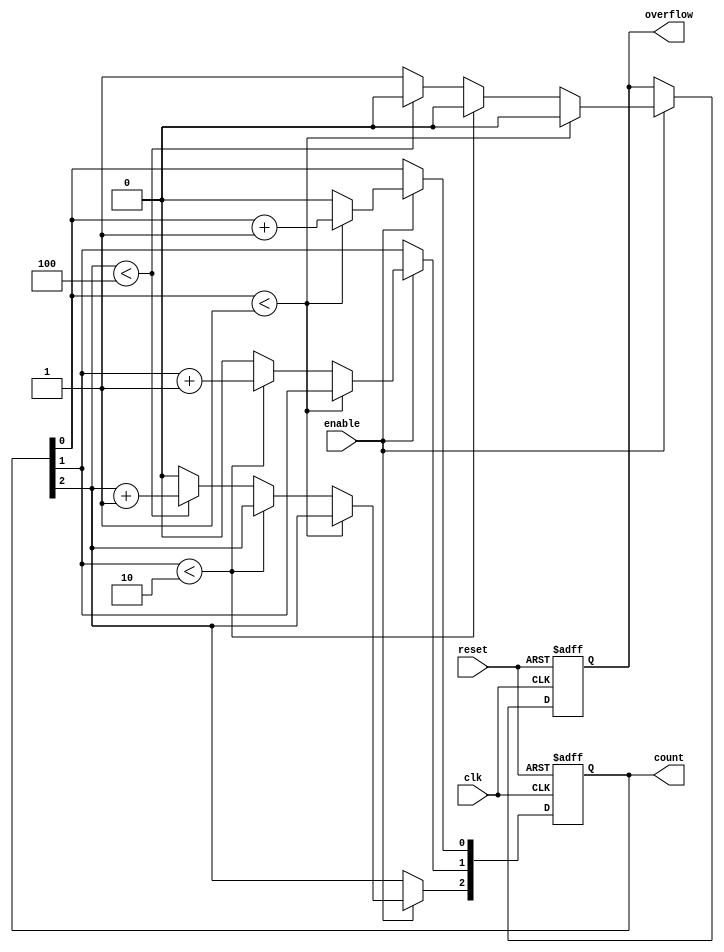
module mixed_radix_counter #(
    parameter RADIX_0 = 2,    // Radix for digit 0
    parameter RADIX_1 = 3,    // Radix for digit 1
    parameter RADIX_2 = 5,    // Radix for digit 2
    parameter TOTAL_DIGITS = 3 // Total number of digits
) (
    input wire clk,            // Clock input
    input wire reset,          // Asynchronous reset
    input wire enable,         // Enable counting
    output reg [TOTAL_DIGITS-1:0] count, // Current count value
    output reg overflow        // Overflow indicator
);

    // Define max values for each radix
    localparam MAX_0 = RADIX_0 - 1;
    localparam MAX_1 = RADIX_1 - 1;
    localparam MAX_2 = RADIX_2 - 1;
    
    always @(posedge clk or posedge reset) begin
        if (reset) begin
            count <= 0; // Reset the count
            overflow <= 0; // Clear overflow
        end else if (enable) begin
            // Increment the counter logic
            if (count[0] < MAX_0) begin
                count[0] <= count[0] + 1; // Increment the least significant digit
                overflow <= 0; // No overflow
            end else begin
                count[0] <= 0; // Reset the LSD
                
                // Handle second digit
                if (count[1] < MAX_1) begin
                    count[1] <= count[1] + 1;
                    overflow <= 0;
                end else begin
                    count[1] <= 0; // Reset the second digit
                    
                    // Handle the most significant digit
                    if (count[2] < MAX_2) begin
                        count[2] <= count[2] + 1;
                        overflow <= 0;
                    end else begin
                        // Reset the most significant digit and set overflow
                        count[2] <= 0;
                        overflow <= 1; // Overflow occurs
                    end
                end
            end
        end
    end
endmodule